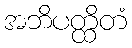
အဘိပတ္ထိတံ